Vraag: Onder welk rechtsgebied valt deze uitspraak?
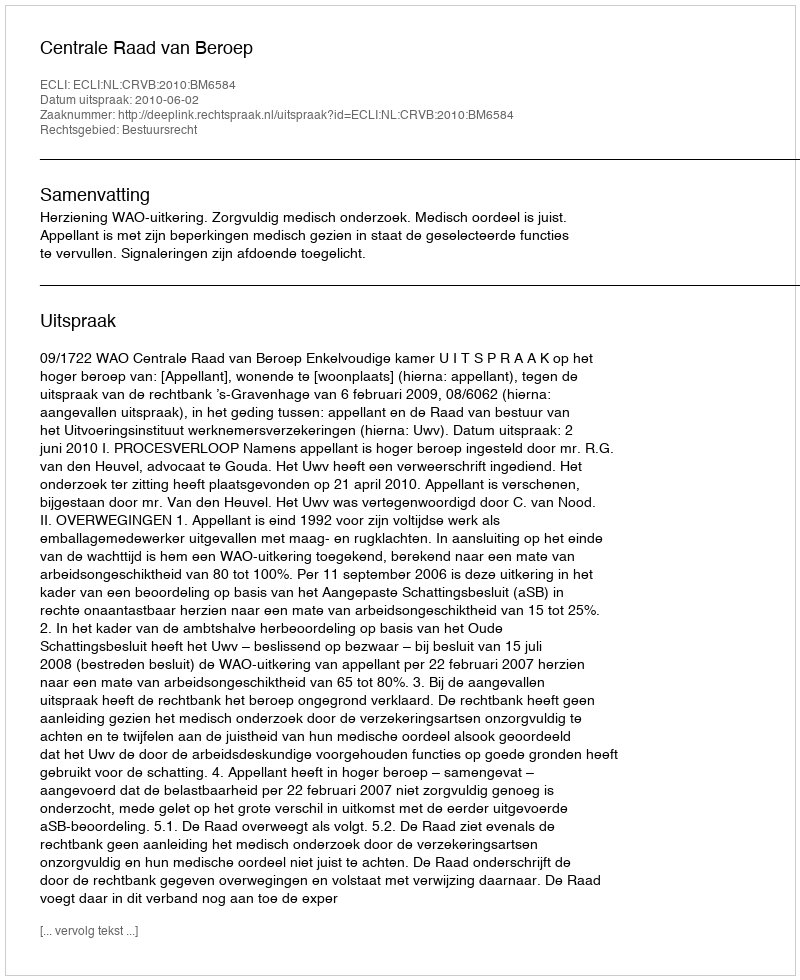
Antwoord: Bestuursrecht